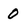
Character: 0